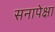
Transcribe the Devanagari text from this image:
सनापेक्षा